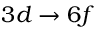
3 d \rightarrow 6 f